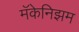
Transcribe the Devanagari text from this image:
मॅकेनिझम